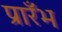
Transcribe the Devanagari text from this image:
प्रारँभ